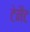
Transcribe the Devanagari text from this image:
टेनैंट